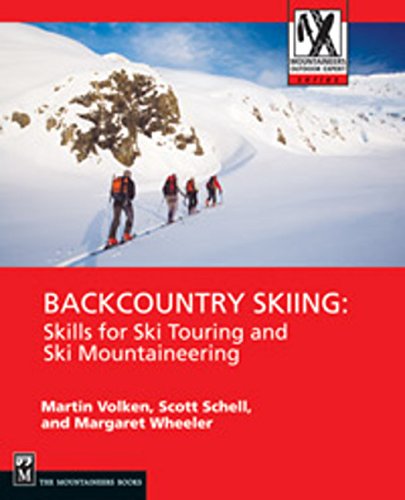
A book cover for Backcountry Skiing: Skills for Ski Touring and Ski Mountaineering (Mountaineers Outdoor Expert Series); Martin Volken; Sports & Outdoors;